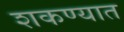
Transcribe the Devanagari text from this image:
शकण्यात